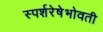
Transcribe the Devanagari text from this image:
स्पर्शरेषेभोवती